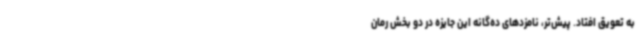
به تعویق افتاد. پیش‌تر، نامزدهای ده‌گانه این جایزه در دو بخش رمان